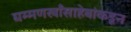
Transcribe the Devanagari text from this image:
घम्मणखाँसाहेबांकडून